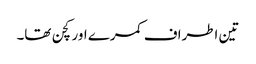
تین اطراف کمرے اور کچن تھا۔